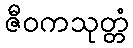
ဇီဝကသုတ္တံ